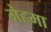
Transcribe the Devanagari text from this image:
मेहमा